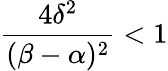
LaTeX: \frac{4\delta^{2}}{(\beta-\alpha)^{2}}<1